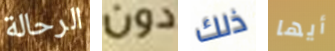
الرحالة دون ذلك أيها